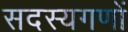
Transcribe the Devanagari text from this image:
सदस्यगणों